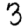
Digit: 3